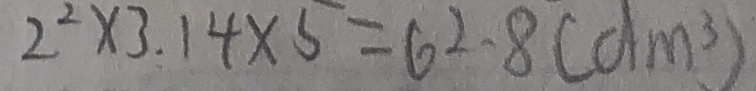
2 ^ { 2 } \times 3 . 1 4 \times 5 = 6 2 . 8 ( d m ^ { 3 } )